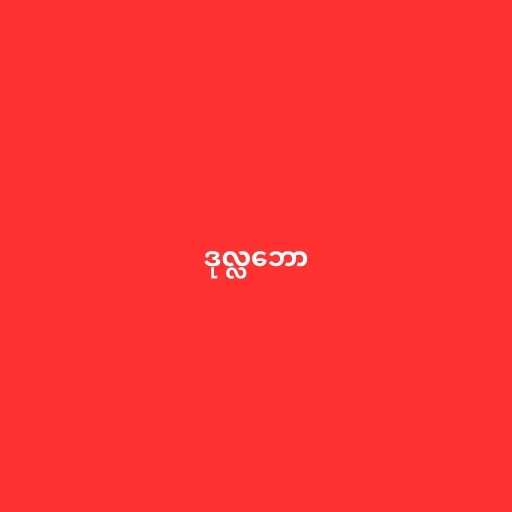
ဒုလ္လဘော